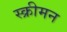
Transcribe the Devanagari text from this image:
स्क्रीमन